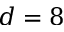
d = 8